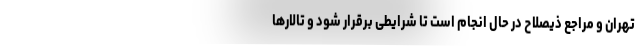
تهران و مراجع ذیصلاح در حال انجام است تا شرایطی برقرار شود و تالارها